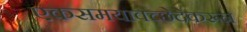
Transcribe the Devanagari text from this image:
एकसमयावच्छेदेकरून